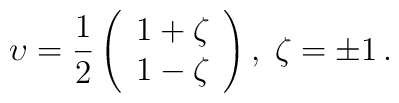
\upsilon =\frac{1}{2}\left( \begin{array}{c}1+\zeta \\ 1-\zeta\end{array}\right) ,\;\zeta =\pm 1\,.